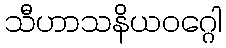
သီဟာသနိယဝဂ္ဂေါ